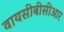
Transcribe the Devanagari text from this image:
वायसीबीसीआर